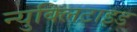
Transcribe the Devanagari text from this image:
न्युक्लिटाइड